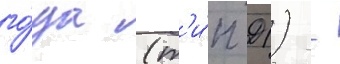
го́да (т'и́п 91) -